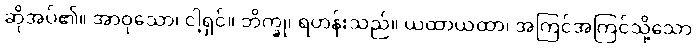
ဆိုအပ်၏။ အာဝုသော၊ ငါ့ရှင်။ ဘိက္ခု၊ ရဟန်းသည်။ ယထာယထာ၊ အကြင်အကြင်သို့သော